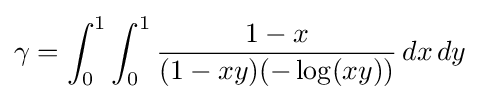
\gamma =\int _{0}^{1}\int _{0}^{1}{\frac {1-x}{(1-xy)(-\log(xy))}}\,dx\,dy